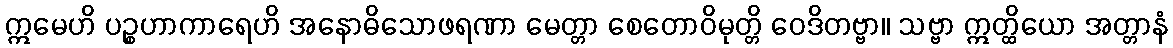
ဣမေဟိ ပဉ္စဟာကာရေဟိ အနောဓိသောဖရဏာ မေတ္တာ စေတောဝိမုတ္တိ ဝေဒိတဗ္ဗာ။ သဗ္ဗာ ဣတ္ထိယော အတ္တာနံ